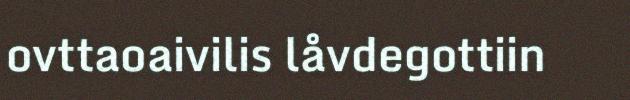
ovttaoaivilis låvdegottiin